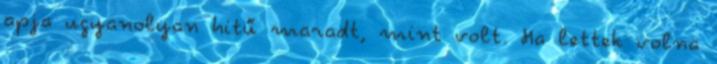
apja ugyanolyan hitű maradt, mint volt. Ha lettek volna